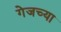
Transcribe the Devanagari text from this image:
गेजच्या